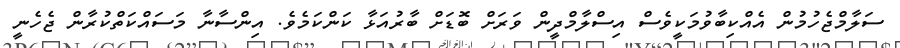
ސަލާމްޖެހުމުން އެއްކިބާވުމަކީވެސް އިސްލާމްދީން ވަރަށް ބޮޑަށް ބާރުއަޅާ ކަންކަމެވެ. އިންސާނާ މަސައްކަތްކުރާން ޖެހެނީ